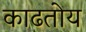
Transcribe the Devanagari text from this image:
काढतोय